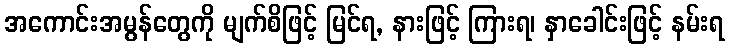
အကောင်းအမွန်တွေကို မျက်စိဖြင့် မြင်ရ, နားဖြင့် ကြားရ၊ နှာခေါင်းဖြင့် နမ်းရ